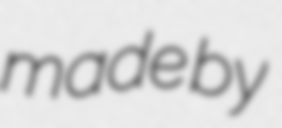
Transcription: made by